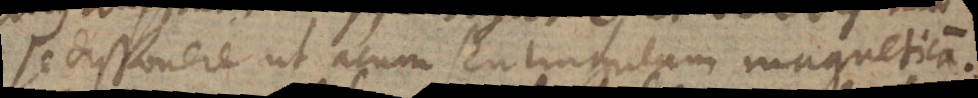
se disponere ut acum seu lingulam magneticam.